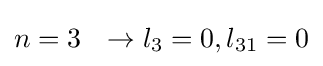
n=3\ \ \rightarrow l_{3}=0,l_{31}=0